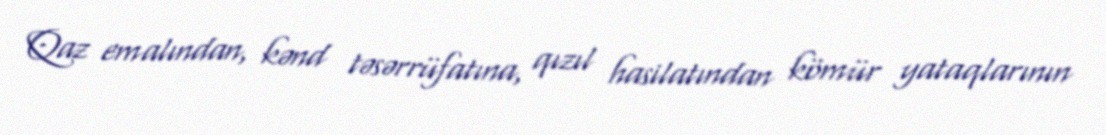
Qaz emalından, kənd təsərrüfatına, qızıl hasilatından kömür yataqlarının